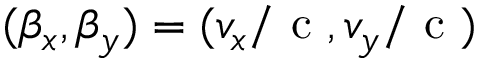
( \beta _ { x } , \beta _ { y } ) = ( v _ { x } / \mathrm { ~ c ~ } , v _ { y } / \mathrm { ~ c ~ } )